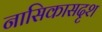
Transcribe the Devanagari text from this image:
नासिकासदृश